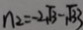
n _ { 2 } = - 2 \sqrt { 3 } - \sqrt { 3 3 }